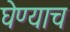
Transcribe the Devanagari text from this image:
घेण्याच